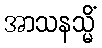
အာသနသ္မိံ